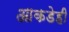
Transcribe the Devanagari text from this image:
आकडेही